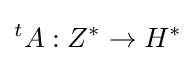
{}^{t}A:Z^{*}\to H^{*}